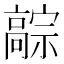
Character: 𬴚